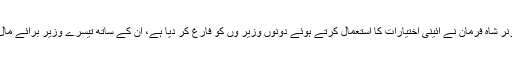
وزیر اعظم عمران خان کی رضامندی سے گورنر شاہ فرمان نے آئینی اختیارات کا استعمال کرتے ہوئے دونوں وزیر وں کو فارغ کر دیا ہے، ان کے ساتھ تیسرے وزیر برائے مال و ریونیو شکیل خان کو بھی فارغ کر دیا ہے ۔